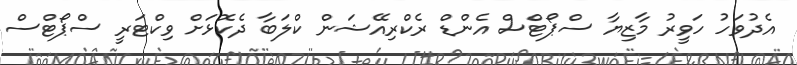
އެދުވަހު ހަވީރު މާޒިޔާ ސްޕޯޓްސް އެންޑް ރެކްރިއޭޝަން ކްލަބާ ދެކޮޅަށް ވިކްޓަރީ ސްޕޯޓްސް